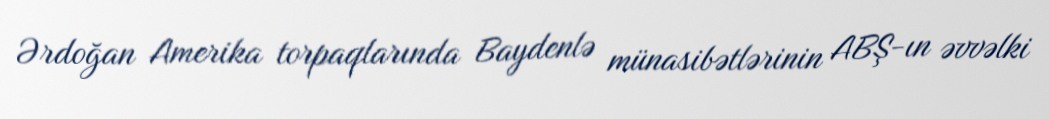
Ərdoğan Amerika torpaqlarında Baydenlə münasibətlərinin ABŞ-ın əvvəlki